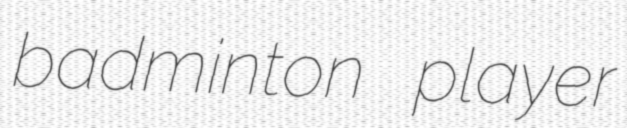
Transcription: badminton player